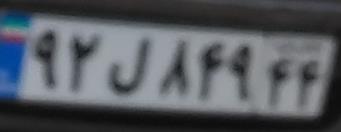
۹۲ل۸۴۹۴۴